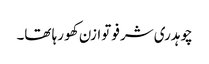
چوہدری شرفو توازن کھو رہا تھا۔